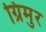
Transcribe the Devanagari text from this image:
ग्रिमुर